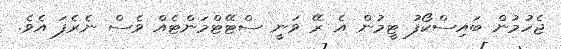
ޖެހުމުން ބައިސްކޯފު ޓީމުން އެ ރޭ ވަނީ ސްޓޭޓްމަންޓެއް ވެސް ނެރެފަ އެވެ.